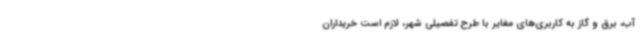
آب، برق و گاز به کاربری‌های مغایر با طرح تفصیلی شهر، لازم است خریداران